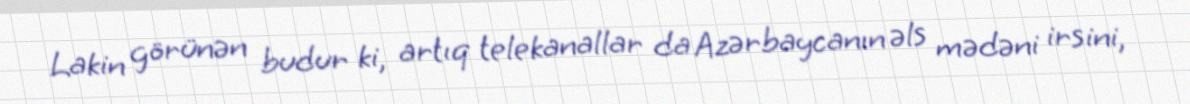
Lakin görünən budur ki, artıq telekanallar da Azərbaycanın əls mədəni irsini,